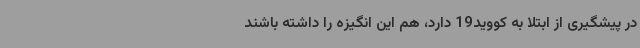
در پیشگیری از ابتلا به کووید19 دارد، هم این انگیزه را داشته باشند